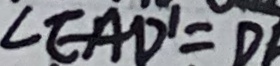
\angle E A D ^ { \prime } = D